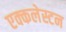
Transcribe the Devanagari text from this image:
एक्कलेस्टन